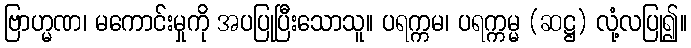
ဗြာဟ္မဏ၊ မကောင်းမှုကို အပပြုပြီးသောသူ။ ပရက္ကမ၊ ပရက္ကမ္မ (ဆဋ္ဌ) လုံ့လပြု၍။